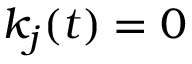
k _ { j } ( t ) = 0